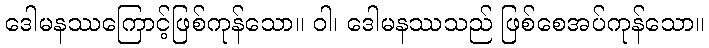
ဒေါမနဿကြောင့်ဖြစ်ကုန်သော။ ဝါ၊ ဒေါမနဿသည် ဖြစ်စေအပ်ကုန်သော။